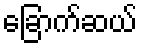
ခြောက်ဆယ်